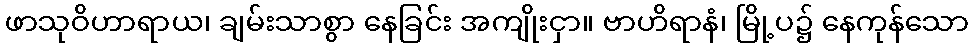
ဖာသုဝိဟာရာယ၊ ချမ်းသာစွာ နေခြင်း အကျိုးငှာ။ ဗာဟိရာနံ၊ မြို့ပ၌ နေကုန်သော